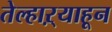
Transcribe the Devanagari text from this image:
तेल्हाऱ्याहून